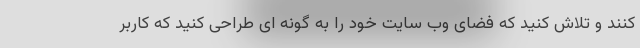
کنند و تلاش کنید که فضای وب سایت خود را به گونه ای طراحی کنید که کاربر